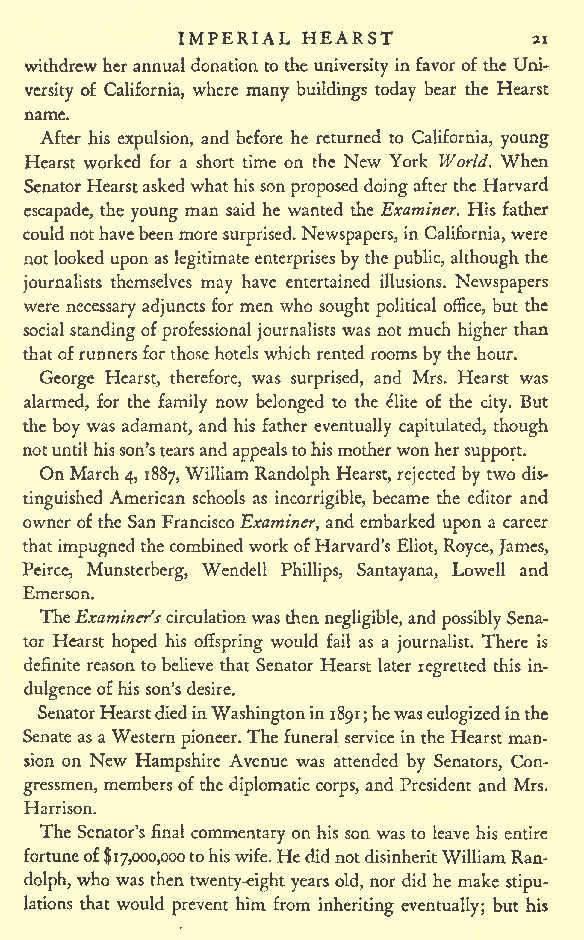
IMPERIAL HEARST
 21
 withdrewherannual donation to the university infavor of the Uni-
 versity of California, where many buildings today bear the Hearst
 name.
 After his expulsion, and before he returned to California, young
 Hearst worked for a short time on the New York World. When
 SenatorHearstaskedwhathissonproposed doingafterthe Harvard
 escapade, the young man said he wanted the Examiner. His father
 couldnothavebeenmore surprised.Newspapers, in California, were
 notlooked upon as legitimateenterprises by the public, although the
 journalists themselves may have entertained illusions. Newspapers
 were necessary adjuncts for men who sought political office, but the
 social standingofprofessional journalists was not much higher than
 thatofrunners for those hotels which rented rooms by the hour.
 George Hearst, therefore, was surprised, and Mrs. Hearst was
 alarmed, for the family now belonged to the elite of the city. But
 the boy was adamant, and his father eventually capitulated, though
 notuntilhisson'stearsand appealstohismotherwonher
 support.
 On March 4, 1887, William Randolph Hearst, rejected by two dis-
 tinguished American schools as incorrigible, became the editor and
 owner ofthe San FranciscoExaminer, and embarked upon a career
 thatimpugnedthecombined workofHarvard's Eliot,Royce, James,
 Peirce, Munsterberg, Wendell Phillips, Santayana, Lowell and
 Emerson.
 TheExaminer'scirculationwasthen negligible, and possibly Sena-
 tor Hearst hoped his offspring would fail as a journalist. There is
 definite reason tobelieve that Senator Hearst later regretted this in-
 dulgenceofhis son's desire.
 SenatorHearstdiedinWashingtonin1891;hewas eulogizedinthe
 Senate asaWestern pioneer. The funeral service inthe Hearstman-
 sion on New Hampshire Avenue was attended by Senators, Con-
 gressmen, members ofthe diplomatic corps, and President and Mrs.
 Harrison.
 The Senator's final commentaryon his son was to leave his entire
 fortuneof$17,000,000tohiswife.HedidnotdisinheritWilliamRan-
 dolph, who was then twenty-eight yearsold, nor did he make stipu-
 lations that would prevent him from inheriting eventually; but his